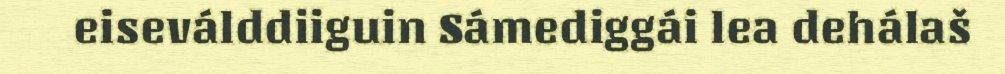
eiseválddiiguin Sámediggái lea dehálaš